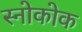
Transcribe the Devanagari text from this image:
स्नोकोक